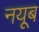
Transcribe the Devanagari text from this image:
नयूब